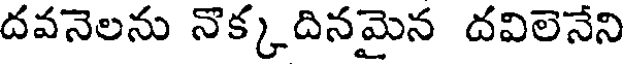
దవనెలను నొక్కదినమైన దవిలెనేని